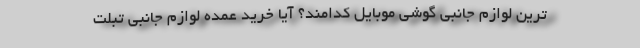
ترین لوازم جانبی گوشی موبایل کدامند؟ آیا خرید عمده لوازم جانبی تبلت